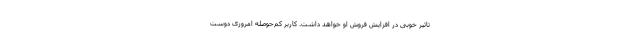
تاثیر خوبی در افزایش فروش او خواهد داشت. کاربر کم‌حوصله امروزی دوست